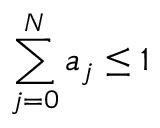
\sum _ { j = 0 } ^ { N } a _ { j } \le 1